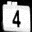
Digit: 4